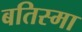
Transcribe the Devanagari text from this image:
बतिस्मा